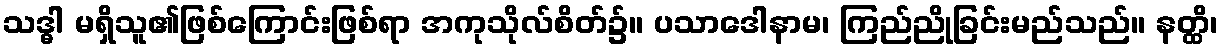
သဒ္ဓါ မရှိသူ၏ဖြစ်ကြောင်းဖြစ်ရာ အကုသိုလ်စိတ်၌။ ပသာဒေါနာမ၊ ကြည်ညိုခြင်းမည်သည်။ နတ္ထိ၊